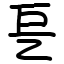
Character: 乬